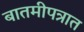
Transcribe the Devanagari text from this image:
बातमीपत्रात